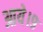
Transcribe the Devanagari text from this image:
आये।९